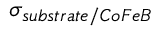
\sigma _ { s u b s t r a t e / C o F e B }